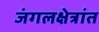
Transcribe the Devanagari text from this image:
जंगलक्षेत्रांत